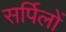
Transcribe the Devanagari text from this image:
सर्पिलों